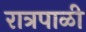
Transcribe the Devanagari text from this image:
रात्रपाळी